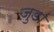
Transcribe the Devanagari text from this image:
जुडां